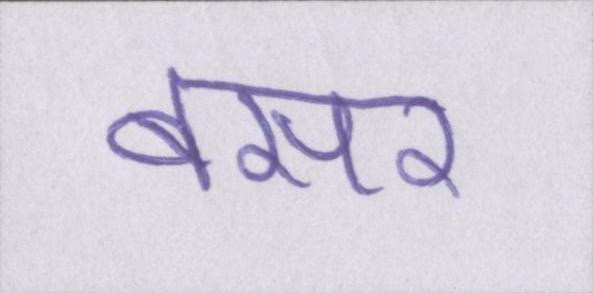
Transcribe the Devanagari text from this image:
बसर